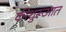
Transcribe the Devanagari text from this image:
कीशुरूआत